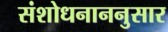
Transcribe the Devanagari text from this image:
संशोधनाननुसार